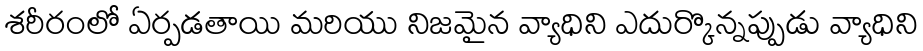
శరీరంలో ఏర్పడతాయి మరియు నిజమైన వ్యాధిని ఎదుర్కొన్నప్పుడు వ్యాధిని